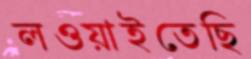
লওয়াইতেছি